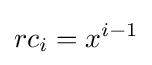
rc_{i}=x^{i-1}